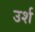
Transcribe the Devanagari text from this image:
उर्श